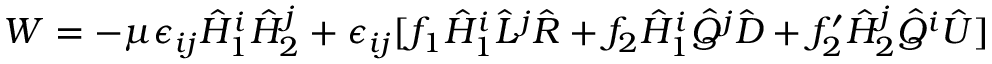
W = - \mu \epsilon _ { i j } \hat { H } _ { 1 } ^ { i } \hat { H } _ { 2 } ^ { j } + \epsilon _ { i j } [ f _ { 1 } \hat { H } _ { 1 } ^ { i } \hat { L } ^ { j } \hat { R } + f _ { 2 } \hat { H } _ { 1 } ^ { i } \hat { Q } ^ { j } \hat { D } + f _ { 2 } ^ { \prime } \hat { H } _ { 2 } ^ { j } \hat { Q } ^ { i } \hat { U } ]